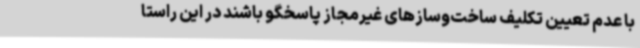
با عدم تعیین تکلیف ساخت‌وسازهای غیرمجاز پاسخگو باشند در این راستا